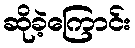
ဆိုခဲ့ကြောင်း